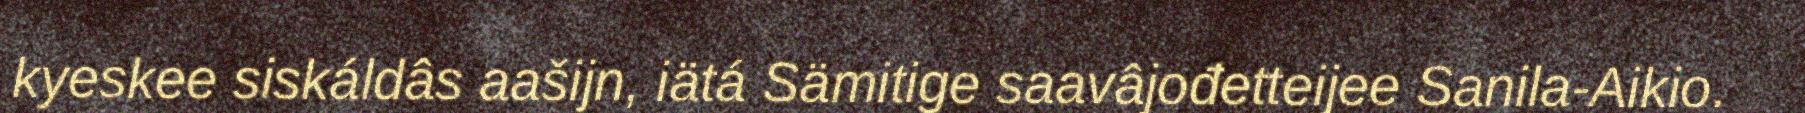
kyeskee siskáldâs aašijn, iätá Sämitige saavâjođetteijee Sanila-Aikio.